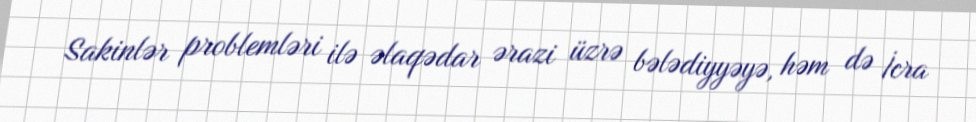
Sakinlər problemləri ilə əlaqədar ərazi üzrə bələdiyyəyə, həm də İcra